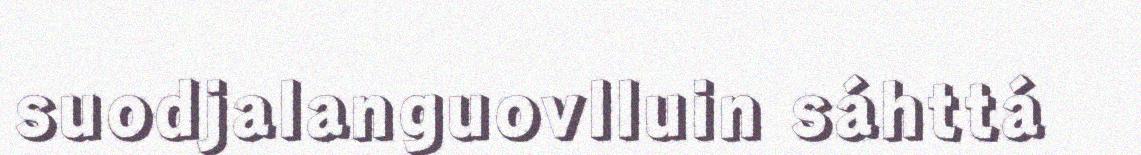
suodjalanguovlluin sáhttá